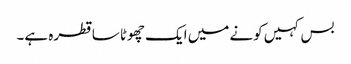
بس کہیں کونے میں ایک چھوٹا سا قطرہ ہے۔